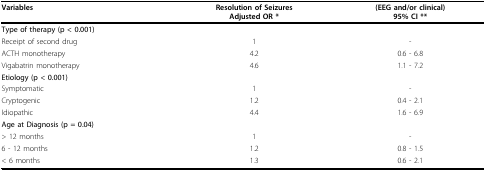
| Variables | Resolution of SeizuresAdjusted OR * | (EEG and/or clinical)95% CI ** |
 | --- | --- | --- |
 | Type of therapy (p < 0.001) |  |  |
 | Receipt of second drug | 1 | - |
 | ACTH monotherapy | 4.2 | 0.6 - 6.8 |
 | Vigabatrin monotherapy | 4.6 | 1.1 - 7.2 |
 | Etiology (p < 0.001) |  |  |
 | Symptomatic | 1 | - |
 | Cryptogenic | 1.2 | 0.4 - 2.1 |
 | Idiopathic | 4.4 | 1.6 - 6.9 |
 | Age at Diagnosis (p = 0.04) |  |  |
 | > 12 months | 1 | - |
 | 6 - 12 months | 1.2 | 0.8 - 1.5 |
 | < 6 months | 1.3 | 0.6 - 2.1 |